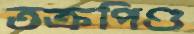
তক্রপিণ্ড